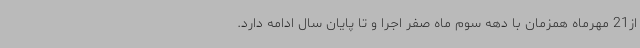
از21 مهرماه همزمان با دهه سوم ماه صفر اجرا و تا پایان سال ادامه دارد.